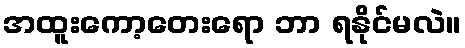
အထူးကော့တေးရော ဘာ ရနိုင်မလဲ။